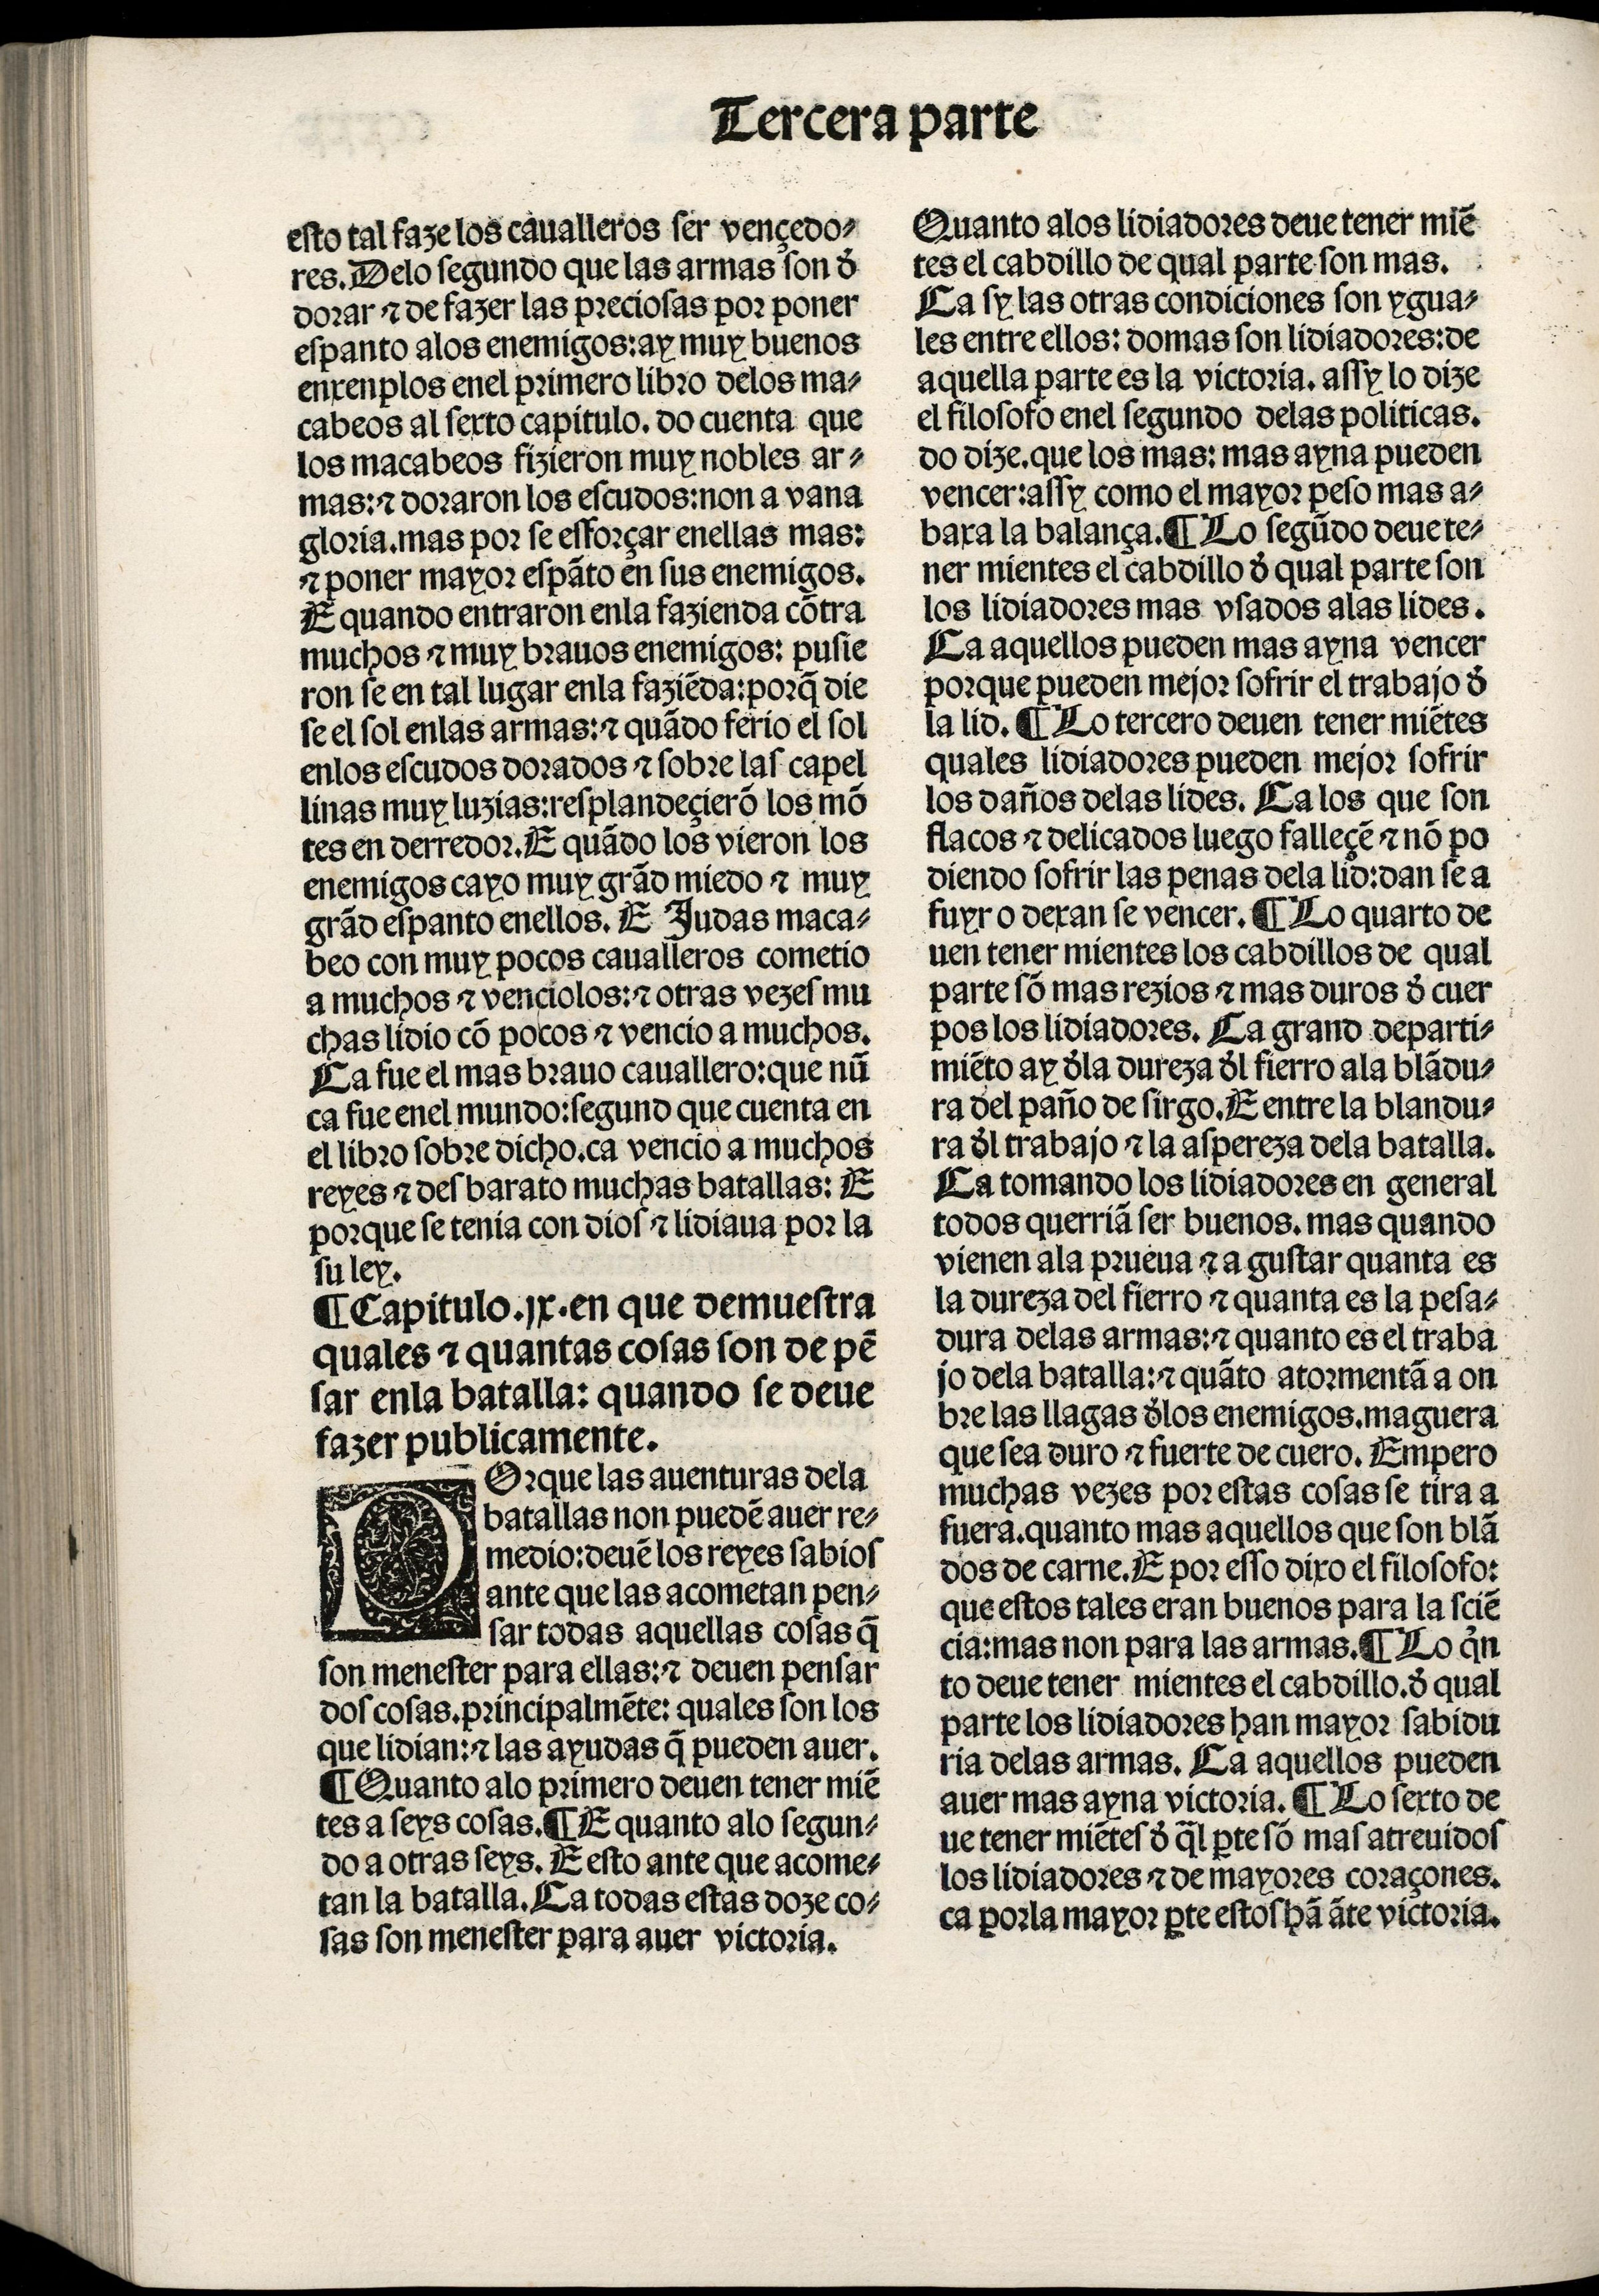
Shelfmark: Madrid, BNE, Inc. 901
Century: 15